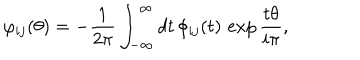
LaTeX: \varphi _ { i j } ( \theta ) = - \frac { 1 } { 2 \pi } \int _ { - \infty } ^ { \infty } d t \, \phi _ { i j } ( t ) \, \exp \frac { t \theta } { i \pi } ,